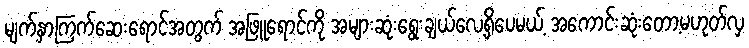
မျက်နှာကြက်ဆေးရောင်အတွက် အဖြူရောင်ကို အများဆုံးရွေးချယ်လေ့ရှိပေမယ့် အကောင်းဆုံးတော့မဟုတ်လှ